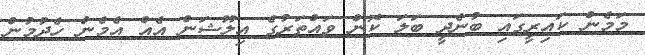
މަމެން ކައިރީގައި ބުނެދީ ބަލަ ކޮން ވައްތަރުގެ އިލޫޝަން އެއް އެމެން ހެދުމުން